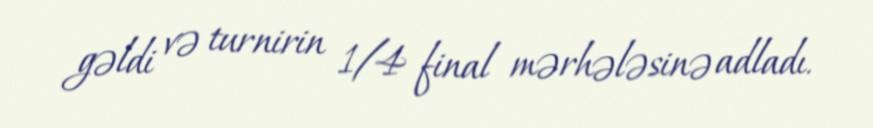
gəldi və turnirin 1/4 final mərhələsinə adladı.